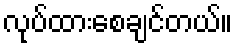
လုပ်ထားစေချင်တယ်။